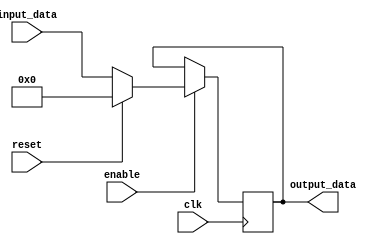
module pc (
    input wire [31:0] input_data,
    input wire enable,
    input wire reset,
    input wire clk,
    output wire [31:0] output_data
);

    reg [31:0] mux_output;
    reg [31:0] reg_output;

    // Multiplexor para seleccionar entre input_data y 0 basado en reset
    always @(*) begin
        if (reset != 0) // Si el reset no es cero, seleccione 0
            mux_output = 0;
        else // De lo contrario, seleccione input_data
            mux_output = input_data;
    end

    // Registro para almacenar el valor de salida del multiplexor
    always @(posedge clk) begin
        if (enable) // Solo si enable est activo
            reg_output <= mux_output;
    end

    // Salida del registro
    assign output_data = reg_output;

endmodule